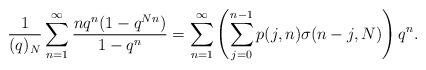
LaTeX: \begin{align*}\frac{1}{(q)_N}\sum_{n=1}^{\infty} \frac{n q^n(1- q^{N n})}{1- q^n}=\sum_{n=1}^{\infty}\left(\sum_{j=0}^{n-1}p(j, n)\sigma(n-j,N)\right)q^n.\end{align*}